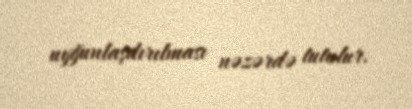
uyğunlaşdırılması nəzərdə tutulur.